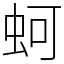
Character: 蚵